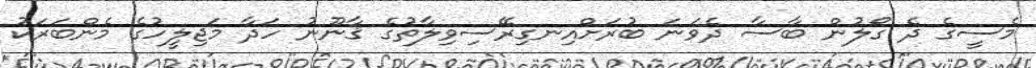
މެސީގެ ދެ ގޯލުން ބާސާ ދެވަނަ ބުރަށްއިނގިރޭސިވިލާތުގެ ޤާނޫނު ހަދާ މަޖިލީހުގެ މެންބަރަކު